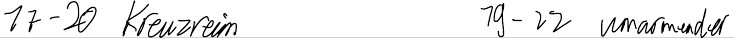
17-20 Kreuzreim   19-22 umarmender